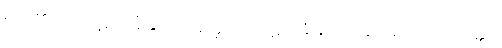
မည်၏။ လ။ ပုဋိ သင်္ခါနုပဿနတ္ထာယ၊ ပဋိသင်္ခါနုပဿနာအလို့ငှာ။ ပဝတ္တာ၊